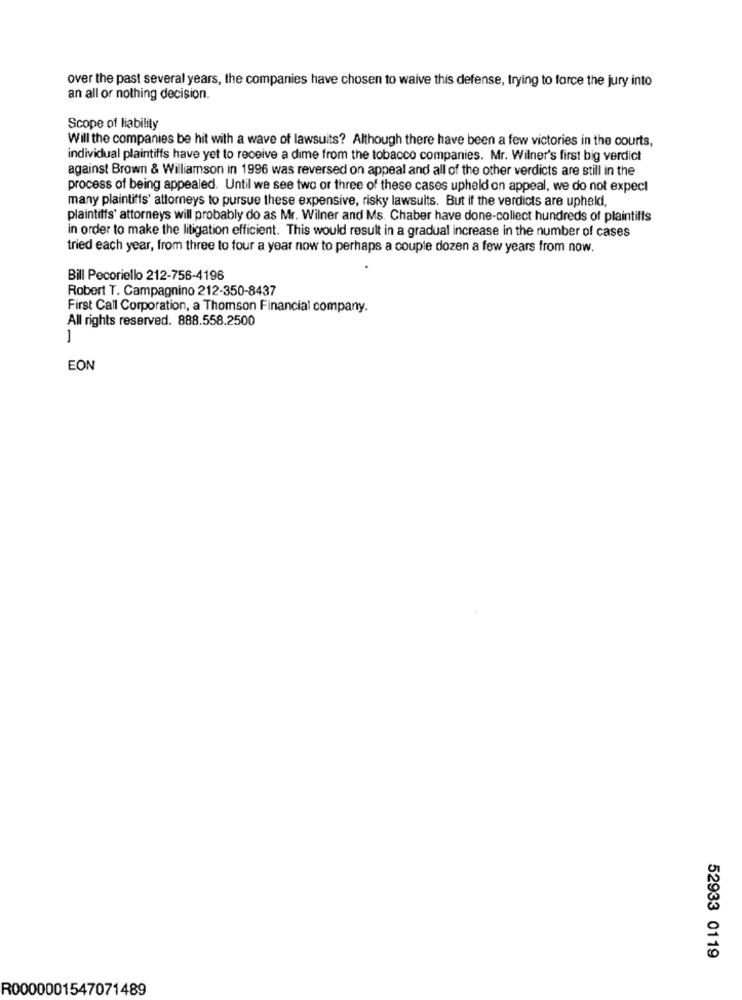
over the past several years, the companies have chosen to waive this defense, trying to force the jury into
an all or nothing decision.
Scope of liability
Will the companies be hit with a wave of lawsuits? Although there have been a few victories in the courts,
individual plaintiffs have yet to receive a dime from the tobacco companies. Mr. Wilner's first big verdict
against Brown & Williamson in 1996 was reversed on appeal and all of the other verdicts are still in the
process of being appealed. Until we see two or three of these cases upheld on appeal, we do not expect
many plaintiffs' attorneys to pursue these expensive, risky lawsuits. But if the verdicts are upheld,
plaintiffs' attorneys will probably do as Mr. Wilner and Ms. Chaber have done-collect hundreds of plaintiffs
in order to make the litigation efficient. This would result in a gradual increase in the number of cases
tried each year, from three to four a year now to perhaps a couple dozen a few years from now.
Bill Pecoriello 212-756-4196
Robert T. Campagnino 212-350-8437
First Call Corporation, a Thomson Financial company.
All rights reserved. 888.558.2500
1
EON
52933 0119
R0000001547071489